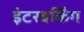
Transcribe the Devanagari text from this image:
इंटरवर्किंग